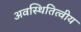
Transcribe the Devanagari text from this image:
अवस्थितित्वीय